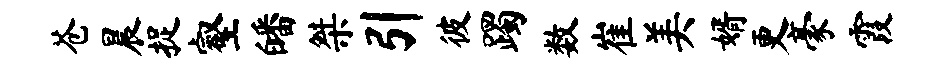
苍晨捉壑皤桀引彼躅数崔美婿更豪霞